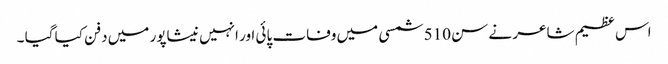
اس عظیم شاعر نے سن 510 شمسی میں وفات پائی اور انہیں نیشاپور میں دفن کیا گیا ۔